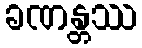
ခဏန္တဿ